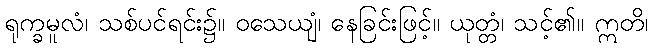
ရုက္ခမူလံ၊ သစ်ပင်ရင်း၌။ ဝသေယျံ၊ နေခြင်းဖြင့်။ ယုတ္တံ၊ သင့်၏။ ဣတိ၊